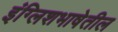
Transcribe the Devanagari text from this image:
इंग्लिशभाषेतील